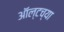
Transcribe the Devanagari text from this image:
ऑल्टच्या